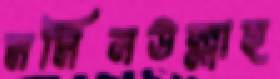
মমিনউল্লাহ